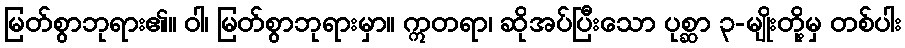
မြတ်စွာဘုရား၏။ ဝါ၊ မြတ်စွာဘုရားမှာ။ ဣတရာ၊ ဆိုအပ်ပြီးသော ပုစ္ဆာ ၃-မျိုးတို့မှ တစ်ပါး